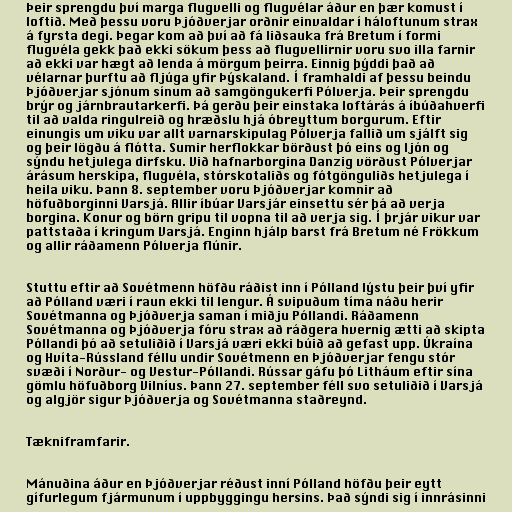
Þeir sprengdu því marga flugvelli og flugvélar áður en þær komust í
loftið. Með þessu voru Þjóðverjar orðnir einvaldar í háloftunum strax
á fyrsta degi. Þegar kom að því að fá liðsauka frá Bretum í formi
flugvéla gekk það ekki sökum þess að flugvellirnir voru svo illa farnir
að ekki var hægt að lenda á mörgum þeirra. Einnig þýddi það að
vélarnar þurftu að fljúga yfir Þýskaland. Í framhaldi af þessu beindu
Þjóðverjar sjónum sínum að samgöngukerfi Pólverja. Þeir sprengdu
brýr og járnbrautarkerfi. Þá gerðu þeir einstaka loftárás á íbúðahverfi
til að valda ringulreið og hræðslu hjá óbreyttum borgurum. Eftir
einungis um viku var allt varnarskipulag Pólverja fallið um sjálft sig
og þeir lögðu á flótta. Sumir herflokkar börðust þó eins og ljón og
sýndu hetjulega dirfsku. Við hafnarborgina Danzig vörðust Pólverjar
árásum herskipa, flugvéla, stórskotaliðs og fótgönguliðs hetjulega í
heila viku. Þann 8. september voru Þjóðverjar komnir að
höfuðborginni Varsjá. Allir íbúar Varsjár einsettu sér þá að verja
borgina. Konur og börn gripu til vopna til að verja sig. Í þrjár vikur var
pattstaða í kringum Varsjá. Enginn hjálp barst frá Bretum né Frökkum
og allir ráðamenn Pólverja flúnir.

Stuttu eftir að Sovétmenn höfðu ráðist inn í Pólland lýstu þeir því yfir
að Pólland væri í raun ekki til lengur. Á svipuðum tíma náðu herir
Sovétmanna og Þjóðverja saman í miðju Póllandi. Ráðamenn
Sovétmanna og Þjóðverja fóru strax að ráðgera hvernig ætti að skipta
Póllandi þó að setuliðið í Varsjá væri ekki búið að gefast upp. Úkraína
og Hvíta-Rússland féllu undir Sovétmenn en Þjóðverjar fengu stór
svæði í Norður- og Vestur-Póllandi. Rússar gáfu þó Litháum eftir sína
gömlu höfuðborg Vilníus. Þann 27. september féll svo setuliðið í Varsjá
og algjör sigur Þjóðverja og Sovétmanna staðreynd.

Tækniframfarir.

Mánuðina áður en Þjóðverjar réðust inní Pólland höfðu þeir eytt
gífurlegum fjármunum í uppbyggingu hersins. Það sýndi sig í innrásinni